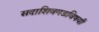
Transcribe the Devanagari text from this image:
सदाशिवगडविषयी